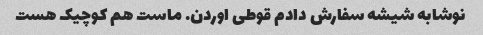
نوشابه شیشه سفارش دادم قوطی اوردن. ماست هم کوچیک هست